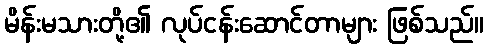
မိန်းမသားတို့၏ လုပ်ငန်းဆောင်တာများ ဖြစ်သည်။